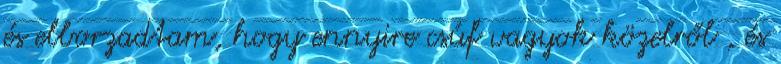
és elborzadtam, hogy ennyire csúf vagyok közelről , és